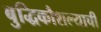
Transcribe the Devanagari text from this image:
बुद्धिकौशल्याची